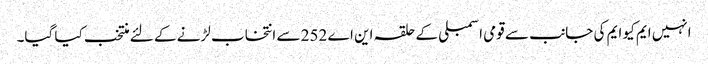
انہیں ایم کیو ایم کی جانب سے قومی اسمبلی کے حلقہ این اے 252 سے انتخاب لڑنے کے لئے منتخب کیا گیا۔